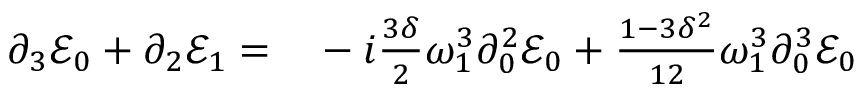
\begin{array} { r l } { \partial _ { 3 } \mathcal { E } _ { 0 } + \partial _ { 2 } \mathcal { E } _ { 1 } = } & { { } - i \frac { 3 \delta } { 2 } \omega _ { 1 } ^ { 3 } \partial _ { 0 } ^ { 2 } \mathcal { E } _ { 0 } + \frac { 1 - 3 \delta ^ { 2 } } { 1 2 } \omega _ { 1 } ^ { 3 } \partial _ { 0 } ^ { 3 } \mathcal { E } _ { 0 } } \end{array}